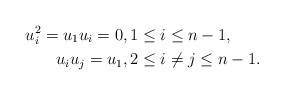
\begin{align*}u_i^2=u_1u_i=0&,1\leq i\leq n-1,\\u_iu_j=u_1&,2\leq i\neq j\leq n-1.\end{align*}